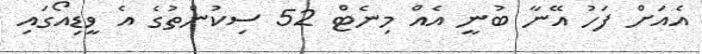
އެއަށް ފަހު އޭނާ ބުނީ އެއް މިނެޓް 52 ސިކުންތުގެ އެ ވީޑިއޯގައި